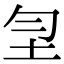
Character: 𡉲